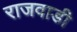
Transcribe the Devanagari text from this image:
राजवाडी